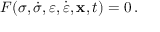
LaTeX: F ( { \boldsymbol { \sigma } } , { \dot { \boldsymbol { \sigma } } } , { \boldsymbol { \varepsilon } } , { \dot { \boldsymbol { \varepsilon } } } , \mathbf { x } , t ) = 0 \, .